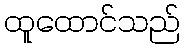
ထူထောင်သည်